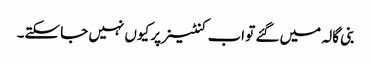
بنی گالہ میں گئے تو اب کنٹینر پر کیوں نہیں جا سکتے۔